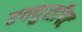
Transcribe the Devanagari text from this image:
एक्युसॉफ्ट